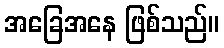
အခြေအနေ ဖြစ်သည်။